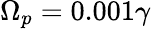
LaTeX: {\Omega_{p}}=0.001\gamma